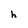
Character: h